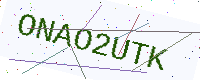
Text: ONAO2UTK